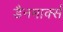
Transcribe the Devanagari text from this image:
डैनमार्क्स